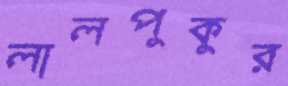
লালপুকুর